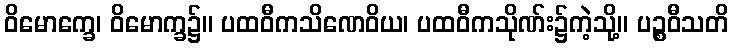
ဝိမောက္ခေ၊ ဝိမောက္ခ၌။ ပထဝီကသိဏေဝိယ၊ ပထဝီကသိုဏ်း၌ကဲ့သို့။ ပဉ္စဝီသတိ